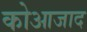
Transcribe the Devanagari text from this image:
कोआजाद